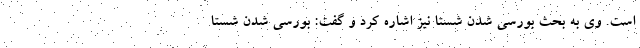
است. وی به بحث بورسی شدن شستا نیز اشاره کرد و گفت: بورسی شدن شستا